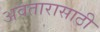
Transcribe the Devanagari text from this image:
अवतारासाठी